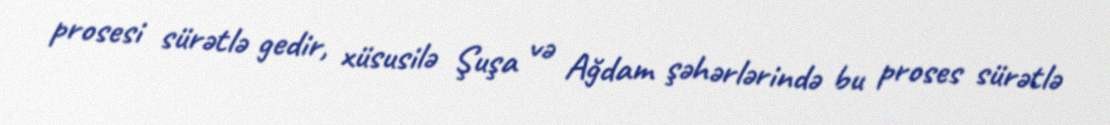
prosesi sürətlə gedir, xüsusilə Şuşa və Ağdam şəhərlərində bu proses sürətlə